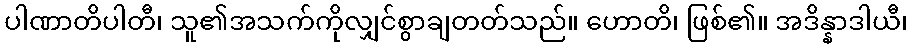
ပါဏာတိပါတီ၊ သူ၏အသက်ကိုလျှင်စွာချတတ်သည်။ ဟောတိ၊ ဖြစ်၏။ အဒိန္နာဒါယီ၊